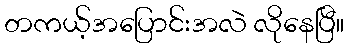
တကယ့်အပြောင်းအလဲ လိုနေပြီ။